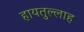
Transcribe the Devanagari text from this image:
हायतुल्लाह